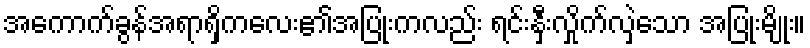
အကောက်ခွန်အရာရှိကလေး၏အပြုံးကလည်း ရင်းနှီးလှိုက်လှဲသော အပြုံးမျိုး။